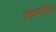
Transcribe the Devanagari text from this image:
ब्रह्ममंदिर